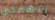
تتهمني